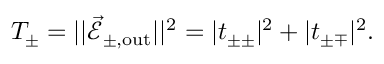
T _ { \pm } = \lvert \lvert \vec { \mathcal { E } } _ { \pm , \mathrm { o u t } } \rvert \rvert ^ { 2 } = \lvert t _ { \pm \pm } \rvert ^ { 2 } + \lvert t _ { \pm \mp } \rvert ^ { 2 } .